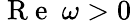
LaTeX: \mathrm{~R~e~}~\omega>0